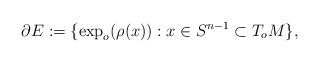
LaTeX: \begin{align*}\partial E:=\{\exp_o(\rho(x)):x\in S^{n-1}\subset T_oM\},\end{align*}